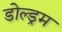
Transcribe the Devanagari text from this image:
डोल्ड्रम